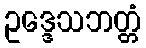
ဥဒ္ဒေသဘတ္တံ